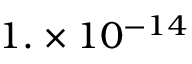
1 . \times 1 0 ^ { - 1 4 }